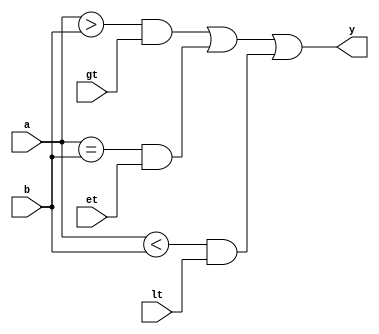
//////////////////////////////////////////////////////////////////////////////////////
// Tyler Anderson Mon May  5 14:20:26 EDT 2014
// cmp.v
// 14-bit magnitude comparator with select lines for the appropriate trigger
// condition.
// Purely combinational
//////////////////////////////////////////////////////////////////////////////////////   
`timescale 1ns / 100ps

module cmp
  (
   input [13:0] a,
   input [13:0] b,
   input gt, // select A > B
   input lt, // select A < B
   input et, // select A = B
   output y
   );

   assign y = ((a > b) && gt) || ((a == b) && et) || ((a < b) && lt);

endmodule // cmp